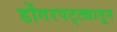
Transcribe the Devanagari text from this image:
डोंगरपट्ट्यातून